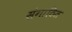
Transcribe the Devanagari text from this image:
संगाठित